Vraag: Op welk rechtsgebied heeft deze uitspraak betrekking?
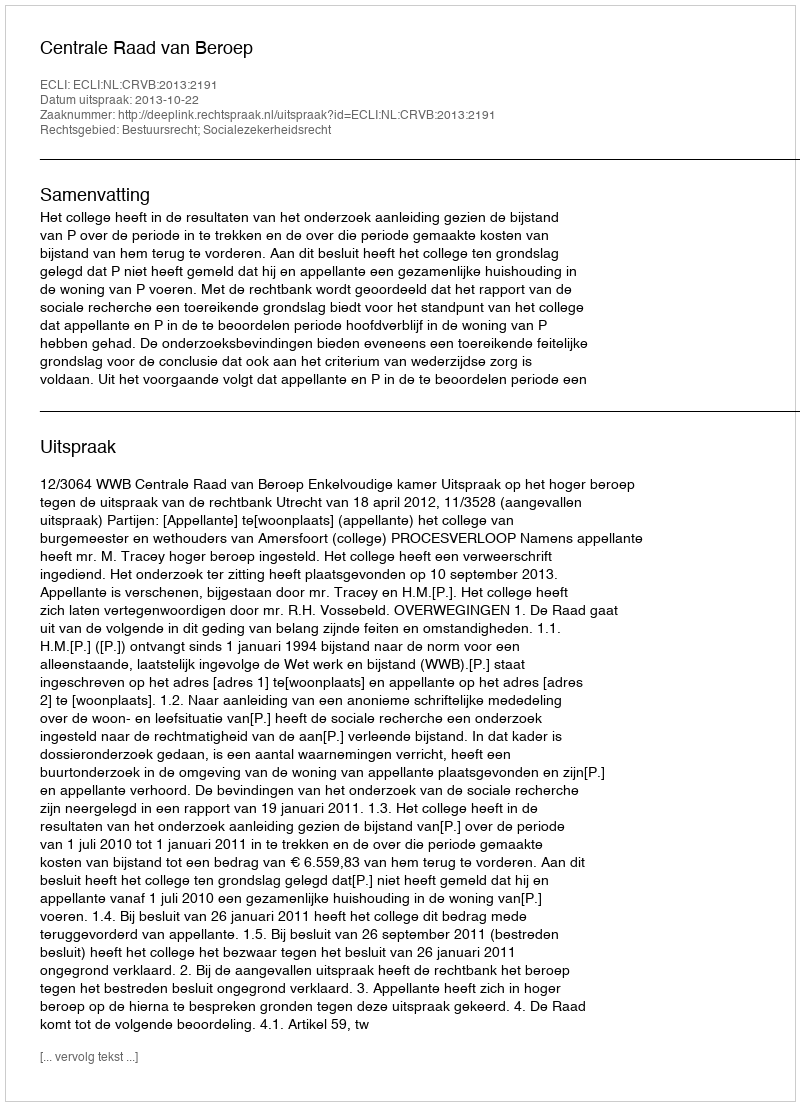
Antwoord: Bestuursrecht; Socialezekerheidsrecht